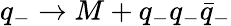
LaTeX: q_{-}\rightarrow M+q_{-}q_{-}\bar{q}_{-}